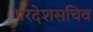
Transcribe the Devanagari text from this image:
परदेशसचिव